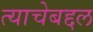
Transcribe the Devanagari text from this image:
त्याचेबद्दल